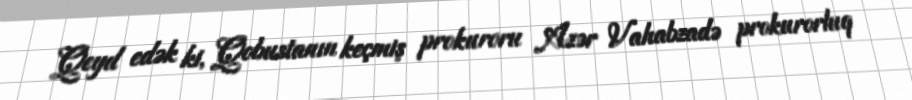
Qeyd edək ki, Qobustanın keçmiş prokuroru Azər Vahabzadə prokurorluq